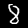
Digit: 8